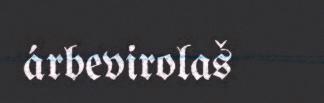
árbevirolaš